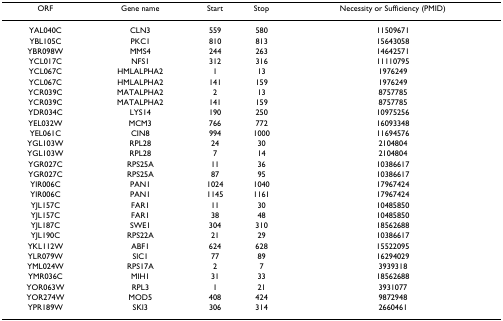
<table><thead><tr><td><b>ORF</b></td><td><b>Gene name</b></td><td><b>Start</b></td><td><b>Stop</b></td><td><b>Necessity or Sufficiency (PMID)</b></td></tr></thead><tbody><tr><td>YAL040C</td><td>CLN3</td><td>559</td><td>580</td><td>11509671</td></tr><tr><td>YBL105C</td><td>PKC1</td><td>810</td><td>813</td><td>15643058</td></tr><tr><td>YBR098W</td><td>MMS4</td><td>244</td><td>263</td><td>14642571</td></tr><tr><td>YCL017C</td><td>NFS1</td><td>312</td><td>316</td><td>11110795</td></tr><tr><td>YCL067C</td><td>HMLALPHA2</td><td>1</td><td>13</td><td>1976249</td></tr><tr><td>YCL067C</td><td>HMLALPHA2</td><td>141</td><td>159</td><td>1976249</td></tr><tr><td>YCR039C</td><td>MATALPHA2</td><td>2</td><td>13</td><td>8757785</td></tr><tr><td>YCR039C</td><td>MATALPHA2</td><td>141</td><td>159</td><td>8757785</td></tr><tr><td>YDR034C</td><td>LYS14</td><td>190</td><td>250</td><td>10975256</td></tr><tr><td>YEL032W</td><td>MCM3</td><td>766</td><td>772</td><td>16093348</td></tr><tr><td>YEL061C</td><td>CIN8</td><td>994</td><td>1000</td><td>11694576</td></tr><tr><td>YGL103W</td><td>RPL28</td><td>24</td><td>30</td><td>2104804</td></tr><tr><td>YGL103W</td><td>RPL28</td><td>7</td><td>14</td><td>2104804</td></tr><tr><td>YGR027C</td><td>RPS25A</td><td>11</td><td>36</td><td>10386617</td></tr><tr><td>YGR027C</td><td>RPS25A</td><td>87</td><td>95</td><td>10386617</td></tr><tr><td>YIR006C</td><td>PAN1</td><td>1024</td><td>1040</td><td>17967424</td></tr><tr><td>YIR006C</td><td>PAN1</td><td>1145</td><td>1161</td><td>17967424</td></tr><tr><td>YJL157C</td><td>FAR1</td><td>11</td><td>30</td><td>10485850</td></tr><tr><td>YJL157C</td><td>FAR1</td><td>38</td><td>48</td><td>10485850</td></tr><tr><td>YJL187C</td><td>SWE1</td><td>304</td><td>310</td><td>18562688</td></tr><tr><td>YJL190C</td><td>RPS22A</td><td>21</td><td>29</td><td>10386617</td></tr><tr><td>YKL112W</td><td>ABF1</td><td>624</td><td>628</td><td>15522095</td></tr><tr><td>YLR079W</td><td>SIC1</td><td>77</td><td>89</td><td>16294029</td></tr><tr><td>YML024W</td><td>RPS17A</td><td>2</td><td>7</td><td>3939318</td></tr><tr><td>YMR036C</td><td>MIH1</td><td>31</td><td>33</td><td>18562688</td></tr><tr><td>YOR063W</td><td>RPL3</td><td>1</td><td>21</td><td>3931077</td></tr><tr><td>YOR274W</td><td>MOD5</td><td>408</td><td>424</td><td>9872948</td></tr><tr><td>YPR189W</td><td>SKI3</td><td>306</td><td>314</td><td>2660461</td></tr></tbody></table>